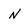
Character: N